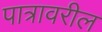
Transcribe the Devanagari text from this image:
पात्रावरील